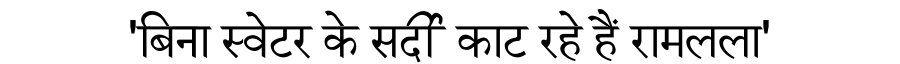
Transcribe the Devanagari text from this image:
'बिना स्वेटर के सर्दी काट रहे हैं रामलला'